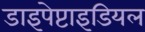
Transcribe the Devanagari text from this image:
डाइपेप्टाइडियल